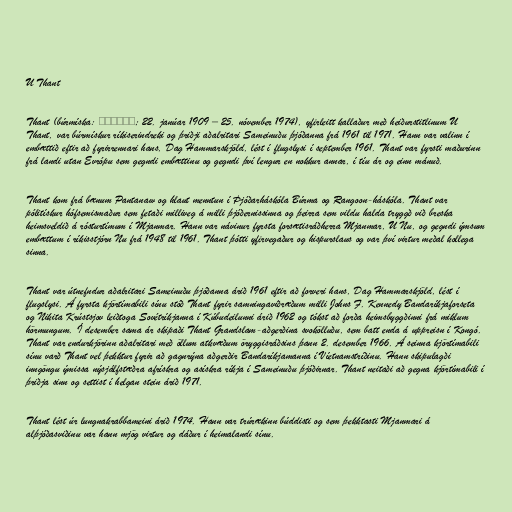
U Thant

Thant (búrmíska: ဦးသန့်; 22. janúar 1909 – 25. nóvember 1974), yfirleitt kallaður með heiðurstitlinum U
Thant, var búrmískur ríkiserindreki og þriðji aðalritari Sameinuðu þjóðanna frá 1961 til 1971. Hann var valinn í
embættið eftir að fyrirrennari hans, Dag Hammarskjöld, lést í flugslysi í september 1961. Thant var fyrsti maðurinn
frá landi utan Evrópu sem gegndi embættinu og gegndi því lengur en nokkur annar, í tíu ár og einn mánuð.

Thant kom frá bænum Pantanaw og hlaut menntun í Þjóðarháskóla Búrma og Rangoon-háskóla. Thant var
pólitískur hófsemismaður sem fetaði milliveg á milli þjóðernissinna og þeirra sem vildu halda tryggð við breska
heimsveldið á rósturtímum í Mjanmar. Hann var návinur fyrsta forsætisráðherra Mjanmar, U Nu, og gegndi ýmsum
embættum í ríkisstjórn Nu frá 1948 til 1961. Thant þótti yfirvegaður og hispurslaus og var því virtur meðal kollega
sinna.

Thant var útnefndur aðalritari Sameinuðu þjóðanna árið 1961 eftir að forveri hans, Dag Hammarskjöld, lést í
flugslysi. Á fyrsta kjörtímabili sínu stóð Thant fyrir samningaviðræðum milli Johns F. Kennedy Bandaríkjaforseta
og Nikita Krústsjov leiðtoga Sovétríkjanna í Kúbudeilunni árið 1962 og tókst að forða heimsbyggðinni frá miklum
hörmungum. Í desember sama ár skipaði Thant Grandslam-aðgerðina svokölluðu, sem batt enda á uppreisn í Kongó.
Thant var endurkjörinn aðalritari með öllum atkvæðum öryggisráðsins þann 2. desember 1966. Á seinna kjörtímabili
sínu varð Thant vel þekktur fyrir að gagnrýna aðgerðir Bandaríkjamanna í Víetnamstríðinu. Hann skipulagði
inngöngu ýmissa nýsjálfstæðra afrískra og asískra ríkja í Sameinuðu þjóðirnar. Thant neitaði að gegna kjörtímabili í
þriðja sinn og settist í helgan stein árið 1971.

Thant lést úr lungnakrabbameini árið 1974. Hann var trúrækinn búddisti og sem þekktasti Mjanmari á
alþjóðasviðinu var hann mjög virtur og dáður í heimalandi sínu.